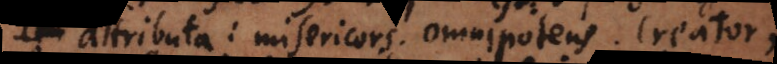
attributa: misericors, omnipotens, creator,